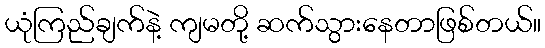
ယုံကြည်ချက်နဲ့ ကျမတို့ ဆက်သွားနေတာဖြစ်တယ်။